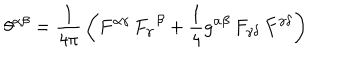
\theta ^ { \alpha \beta } = { \frac { 1 } { 4 \pi } } \left( F ^ { \alpha \gamma } \, F _ { \gamma } ^ { \, \ \beta } + { \frac { 1 } { 4 } } g ^ { \alpha \beta } \, F _ { \gamma \delta } \, F ^ { \gamma \delta } \right)